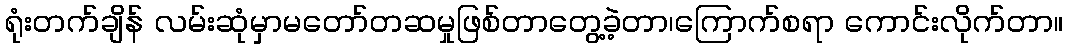
ရုံးတက်ချိန် လမ်းဆုံမှာမတော်တဆမှုဖြစ်တာတွေ့ခဲ့တာ၊ကြောက်စရာ ကောင်းလိုက်တာ။